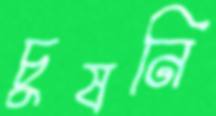
চুষনি